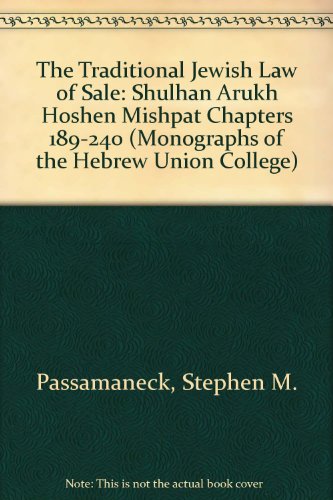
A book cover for The Traditional Jewish Law of Sale: Shulhan Arukh Hoshen Mishpat Chapters 189-240 (Monographs of the Hebrew Union College No. 9); Joseph Ben Ephraim Karo; Religion & Spirituality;